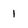
Character: 1